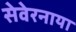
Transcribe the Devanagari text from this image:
सेवेरनाया